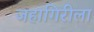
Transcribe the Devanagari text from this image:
जहागिरीला